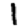
Digit: 1